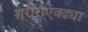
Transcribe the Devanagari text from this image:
शरीराएवढ्या